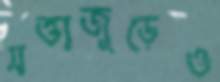
সত্তাজুড়েও